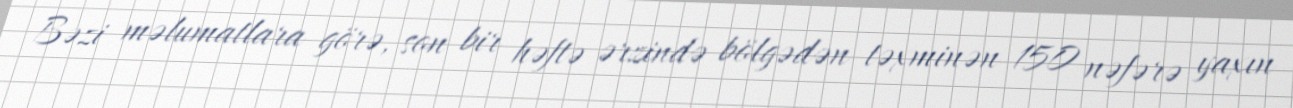
Bəzi məlumatlara görə, son bir həftə ərzində bölgədən təxminən 150 nəfərə yaxın